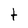
Character: t